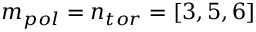
m _ { p o l } = n _ { t o r } = [ 3 , 5 , 6 ]